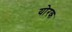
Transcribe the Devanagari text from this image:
योरक